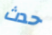
حدث